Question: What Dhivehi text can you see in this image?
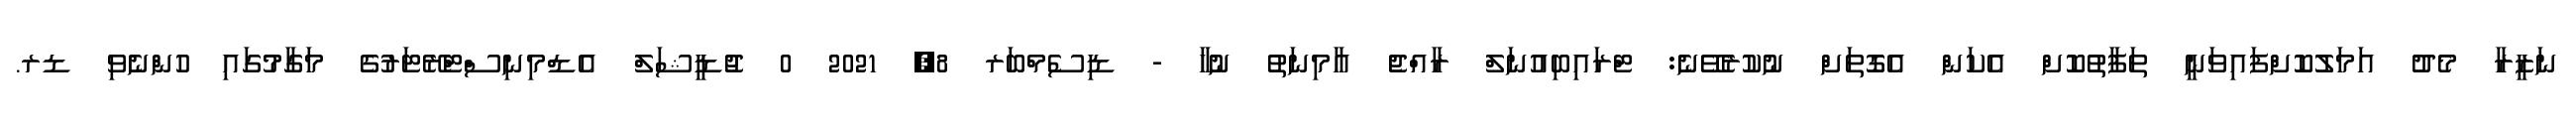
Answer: ނަޒީރާ މެދު އަމަލުކޮށްފައިވަނީ ތަފާތުކޮށް އެކަން އެގޮތަށް ނުކުރެވޭނެ: ޓްރައިބިއުނަލް ރާއްޖެ އާމިނަތު ނުހާ - ޑިސެމްބަރ 8, 2021 0 ޖުޑީޝަލް އެޑްމިނިސްޓްރޭޓަރުގެ މަގާމުގައި ހުންނެވި ޑރ.